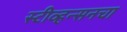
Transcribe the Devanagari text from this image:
स्टीव्हन्सनचा